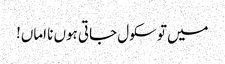
میں تو سکول جاتی ہوں نا اماں!